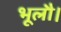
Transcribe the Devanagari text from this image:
भूलौ।